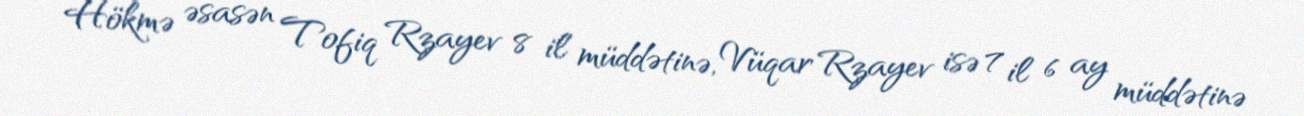
Hökmə əsasən Tofiq Rzayev 8 il müddətinə, Vüqar Rzayev isə 7 il 6 ay müddətinə